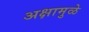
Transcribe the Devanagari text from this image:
अक्षामुळे